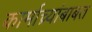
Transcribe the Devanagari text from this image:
कार्माच्र्यांबाबत